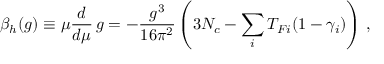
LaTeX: { \beta _ { h } } ( g ) \equiv \mu { \frac { d } { d \mu } } \, g = - { \frac { g ^ { 3 } } { 1 6 \pi ^ { 2 } } } \left( 3 N _ { c } - \sum _ { i } T _ { F i } ( 1 - \gamma _ { i } ) \right) \, ,